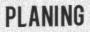
PLANING